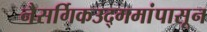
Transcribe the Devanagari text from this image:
नैसर्गिकउद्गमांपासून